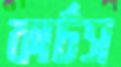
কার্টস